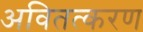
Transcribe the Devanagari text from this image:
अवितत्करण